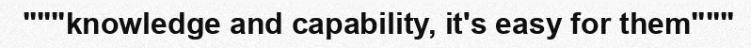
"""knowledge and capability, it's easy for them"""